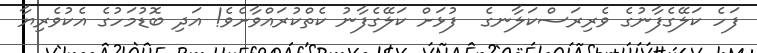
ފަހެ ކަލޭގެފާނުގެ ވެރިރަސްކަލާނގެ  ފުޅަށް ކަލޭގެފާނު ކެތްކުރައްވާށެވެ! އަދި ބޮޑުމަހުގެ އެކުވެރިޔާ